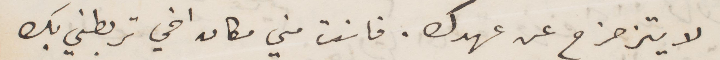
لا يتزحزح عن عهدك. فانت مني مكان اخي تربطني بك